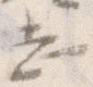
し